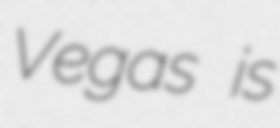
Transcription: Vegas is